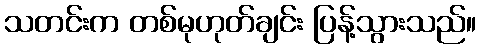
သတင်းက တစ်မုဟုတ်ချင်း ပြန့်သွားသည်။